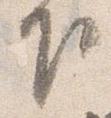
下